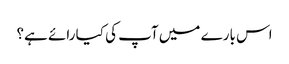
اس بارے میں آپ کی کیا رائے ہے؟